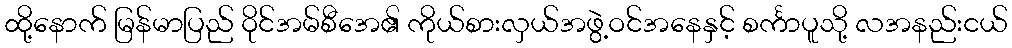
ထို့နောက် မြန်မာပြည် ဝိုင်အမ်စီအေ၏ ကိုယ်စားလှယ်အဖွဲ့ဝင်အနေနှင့် စင်္ကာပူသို့ လအနည်းငယ်